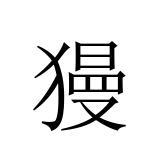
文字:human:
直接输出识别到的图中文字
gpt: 獌